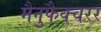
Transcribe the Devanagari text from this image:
मैनुफैक्चरर